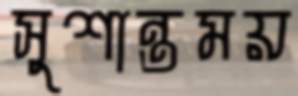
সুশান্তময়